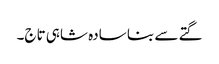
گتے سے بنا سادہ شاہی تاج۔